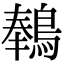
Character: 䳞